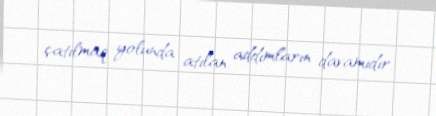
çatılmaq yolunda atılan addımların davamıdır.